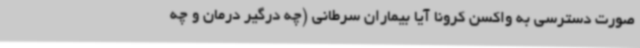
صورت دسترسی به واکسن کرونا آیا بیماران سرطانی (چه درگیر درمان و چه